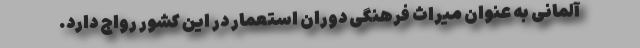
آلمانی به عنوان میراث فرهنگی دوران استعمار در این کشور رواج دارد.